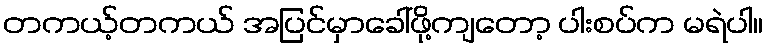
တကယ့်တကယ် အပြင်မှာခေါ်ဖို့ကျတော့ ပါးစပ်က မရဲပါ။